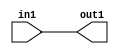
`timescale 1ps / 1ps

// Generated by Cadence Genus(TM) Synthesis Solution 17.11-s014_1
// Generated on: May  4 2021 16:47:33 CST (May  4 2021 08:47:33 UTC)

module DC_Filter_Add_6U_19_4(in1, out1);
  input [5:0] in1;
  output [5:0] out1;
  wire [5:0] in1;
  wire [5:0] out1;
  assign out1[0] = in1[0];
  assign out1[1] = in1[1];
  assign out1[2] = in1[2];
  assign out1[3] = in1[3];
  assign out1[4] = in1[4];
  assign out1[5] = in1[5];
endmodule